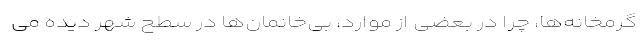
گرمخانه‌ها، چرا در بعضی از موارد، بی‌خانمان‌ها در سطح شهر دیده می